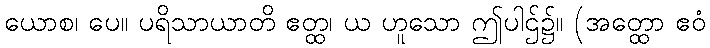
ယောစ၊ ပေ။ ပရိသာယာတိ ဧတ္ထ၊ ယ ဟူသော ဤပါဌ်၌။ (အတ္ထော ဧဝံ